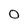
Character: 0